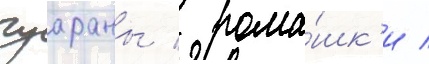
гуараны / рома́шк'и /